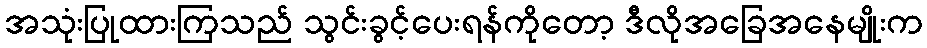
အသုံးပြုထားကြသည် သွင်းခွင့်ပေးရန်ကိုတော့ ဒီလိုအခြေအနေမျိုးက